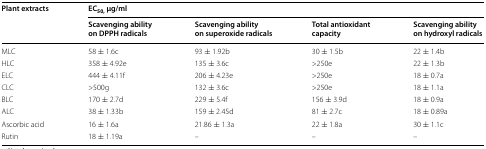
<table><thead><tr><td rowspan="2"><b>Plant extracts</b></td><td colspan="4"><b>EC<sub>50,</sub> μg/ml</b></td></tr><tr><td><b>Scavenging ability on DPPH radicals</b></td><td><b>Scavenging ability on superoxide radicals</b></td><td><b>Total antioxidant capacity</b></td><td><b>Scavenging ability on hydroxyl radicals</b></td></tr></thead><tbody><tr><td>MLC</td><td>58 ± 1.6c</td><td>93 ± 1.92b</td><td>30 ± 1.5b</td><td>22 ± 1.4b</td></tr><tr><td>HLC</td><td>358 ± 4.92e</td><td>135 ± 3.6c</td><td>&gt;250e</td><td>22 ± 1.3b</td></tr><tr><td>ELC</td><td>444 ± 4.11f</td><td>206 ± 4.23e</td><td>&gt;250e</td><td>18 ± 0.7a</td></tr><tr><td>CLC</td><td>&gt;500g</td><td>132 ± 3.6c</td><td>&gt;250e</td><td>18 ± 1.1a</td></tr><tr><td>BLC</td><td>170 ± 2.7d</td><td>229 ± 5.4f</td><td>156 ± 3.9d</td><td>18 ± 0.9a</td></tr><tr><td>ALC</td><td>38 ± 1.33b</td><td>159 ± 2.45d</td><td>81 ± 2.7c</td><td>18 ± 0.89a</td></tr><tr><td>Ascorbic acid</td><td>16 ± 1.6a</td><td>21.86 ± 1.3a</td><td>22 ± 1.8a</td><td>30 ± 1.1c</td></tr><tr><td>Rutin</td><td>18 ± 1.19a</td><td>–</td><td>–</td><td>–</td></tr></tbody></table>